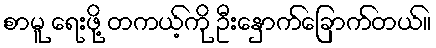
စာမူ ရေးဖို့ တကယ့်ကို ဦးနှောက်ခြောက်တယ်။